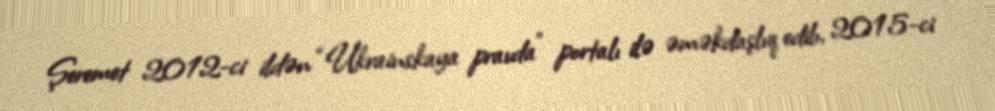
Şeremet 2012-ci ildən “Ukrainskaya pravda” portalı ilə əməkdaşlıq edib, 2015-ci